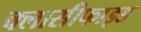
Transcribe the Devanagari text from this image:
क्लासीफाइड